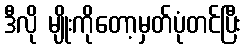
ဒီလို မျိုးကိုတော့မှတ်ပုံတင်ပြီး